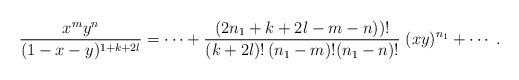
LaTeX: \begin{align*}\frac{x^m y^n}{(1-x-y)^{1+k+2l}}=\cdots+\frac{(2n_1+k+2l-m-n))!}{(k+2l)!\,(n_1-m)!(n_1-n)!}\;(xy)^{n_1}+\cdots\; .\end{align*}